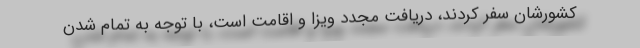
کشورشان سفر کردند، دریافت مجدد ویزا و اقامت است، با توجه به تمام شدن